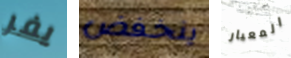
يفر ينخفض المعيار